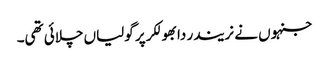
جنہوں نے نریندر دابھولکر پر گولیاں چلائی تھی۔